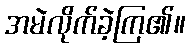
အမဲလိုက်ခဲ့ကြ၏။